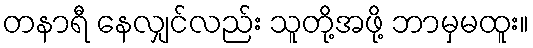
တနာရီ နေလျှင်လည်း သူတို့အဖို့ ဘာမှမထူး။